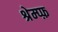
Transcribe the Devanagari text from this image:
श्रेम्प्फ़